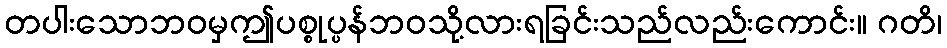
တပါးသောဘဝမှဤပစ္စုပ္ပန်ဘဝသို့လားရခြင်းသည်လည်းကောင်း။ ဂတိ၊